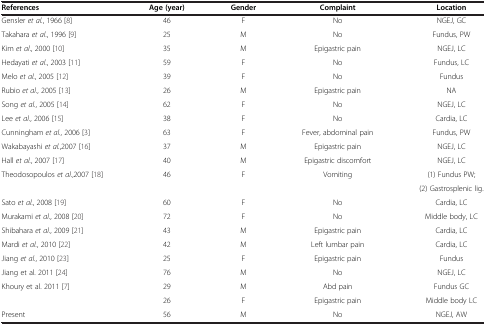
| References | Age (year) | Gender | Complaint | Location |
 | --- | --- | --- | --- | --- |
 | Gensler et al., 1966 [8] | 46 | F | No | NGEJ, GC |
 | Takahara et al., 1996 [9] | 25 | M | No | Fundus, PW |
 | Kim et al., 2000 [10] | 35 | M | Epigastric pain | NGEJ, LC |
 | Hedayati et al., 2003 [11] | 59 | F | No | Fundus, LC |
 | Melo et al., 2005 [12] | 39 | F | No | Fundus |
 | Rubio et al., 2005 [13] | 26 | M | Epigastric pain | NA |
 | Song et al., 2005 [14] | 62 | F | No | NGEJ, LC |
 | Lee et al., 2006 [15] | 38 | F | No | Cardia, LC |
 | Cunningham et al., 2006 [3] | 63 | F | Fever, abdominal pain | Fundus, PW |
 | Wakabayashi et al.,2007 [16] | 37 | M | Epigastric pain | NGEJ, LC |
 | Hall et al., 2007 [17] | 40 | M | Epigastric discomfort | NGEJ, LC |
 | <ROWSPAN=2> Theodosopoulos et al.,2007 [18] | <ROWSPAN=2> 46 | <ROWSPAN=2> F | <ROWSPAN=2> Vomiting | (1) Fundus PW; |
 | (2) Gastrosplenic lig. |
 | Sato et al., 2008 [19] | 60 | F | No | Cardia, LC |
 | Murakami et al., 2008 [20] | 72 | F | No | Middle body, LC |
 | Shibahara et al., 2009 [21] | 43 | M | Epigastric pain | Cardia, LC |
 | Mardi et al., 2010 [22] | 42 | M | Left lumbar pain | Cardia, LC |
 | Jiang et al., 2010 [23] | 25 | F | Epigastric pain | Fundus |
 | Jiang et al. 2011 [24] | 76 | M | No | NGEJ, LC |
 | <ROWSPAN=2> Khoury et al. 2011 [7] | 29 | M | Abd pain | Fundus GC |
 | 26 | F | Epigastric pain | Middle body LC |
 | Present | 56 | M | No | NGEJ, AW |